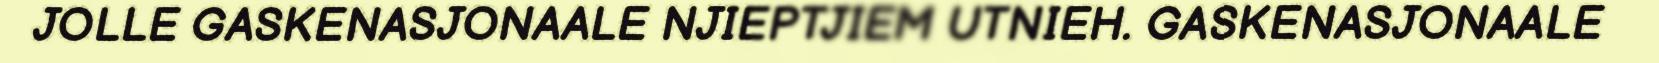
JOLLE GASKENASJONAALE NJIEPTJIEM UTNIEH. GASKENASJONAALE